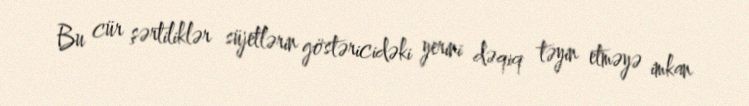
Bu cür şərtiliklər süjetlərin göstəricidəki yerini dəqiq təyin etməyə imkan